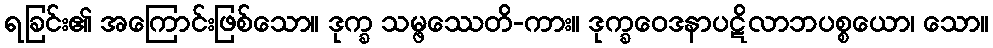
ရခြင်း၏ အကြောင်းဖြစ်သော။ ဒုက္ခ သမ္ဖဿေတိ-ကား။ ဒုက္ခဝေဒနာပဋိလာဘပစ္စယော၊ သော။